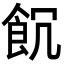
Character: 𩚗